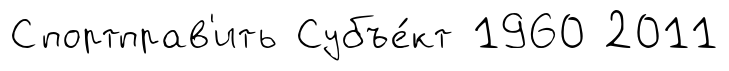
Спортправ'ить Субъе́кт 1960 2011